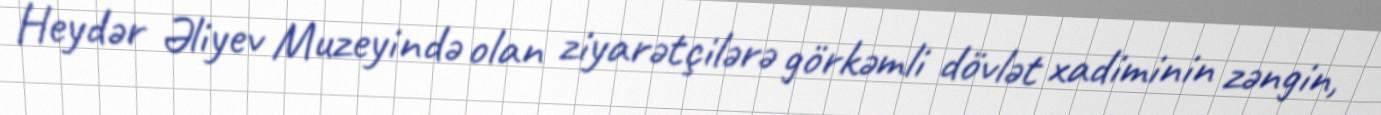
Heydər Əliyev Muzeyində olan ziyarətçilərə görkəmli dövlət xadiminin zəngin,